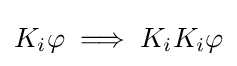
K_{i}\varphi \implies K_{i}K_{i}\varphi